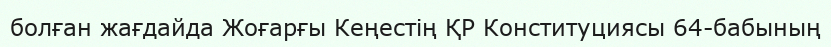
болған жағдайда Жоғарғы Кеңестің ҚР Конституциясы 64-бабының